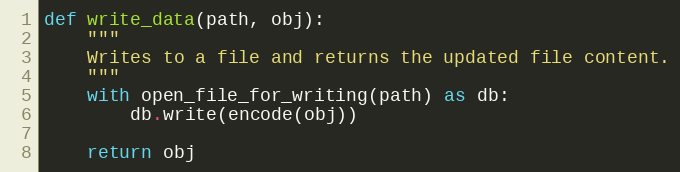
Language: Python
def write_data(path, obj):
    """
    Writes to a file and returns the updated file content.
    """
    with open_file_for_writing(path) as db:
        db.write(encode(obj))

    return obj